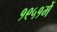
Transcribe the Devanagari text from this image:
१९५१में